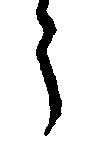
う